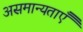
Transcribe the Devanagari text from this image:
असमान्यताएँ